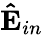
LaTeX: \mathbf{\hat{E}}_{in}